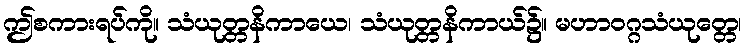
ဤစကားရပ်ကို။ သံယုတ္တနိကာယေ၊ သံယုတ္တနိကာယ်၌။ မဟာဝဂ္ဂသံယုတ္တေ၊